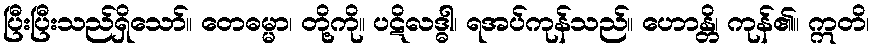
ပြီးပြီးသည်ရှိသော်။ တေဓမ္မာ၊ တို့ကို။ ပဋိလဒ္ဓါ၊ ရအပ်ကုန်သည်။ ဟောန္တိ၊ ကုန်၏။ ဣတိ၊